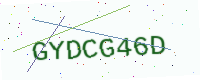
Text: GYDCG46D